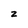
Character: z